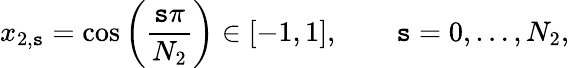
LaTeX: x_{2,\mathtt{s}}=\cos\left(\frac{{\mathtt{s}\pi}}{{N_{2}}}\right)\in[-1,1],\qquad\mathtt{s}=0,\ldots,N_{2},